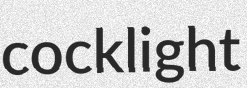
cocklight